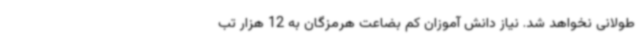
طولانی نخواهد شد. نیاز دانش آموزان کم بضاعت هرمزگان به 12 هزار تب